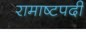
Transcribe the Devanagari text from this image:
रामाष्टपदी